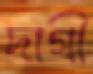
দাগী